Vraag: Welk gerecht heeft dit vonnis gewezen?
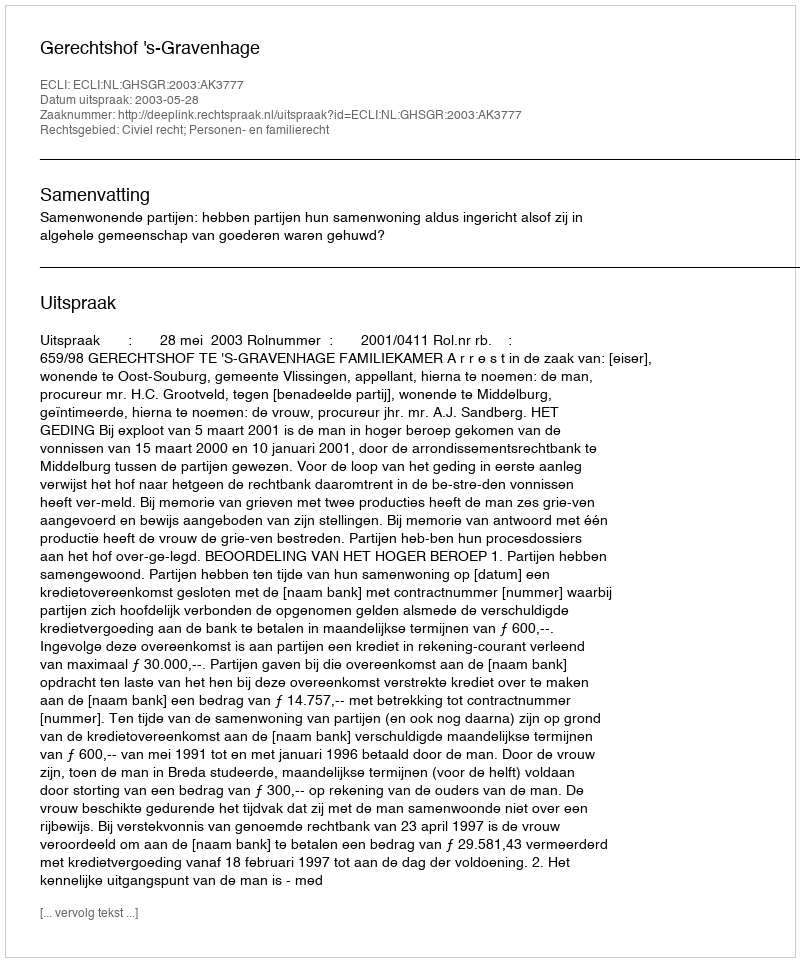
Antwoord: Gerechtshof 's-Gravenhage